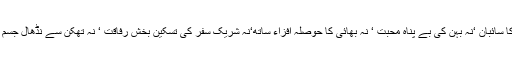
وہاں نہ دھوپ میں سائے جیسی مہربان ماں ہوتی ہے‘ نہ شفیق باپ کا سائبان ‘نہ بہن کی بے پناہ محبت ‘ نہ بھائی کا حوصلہ افزاء ساتھ‘نہ شریک سفر کی تسکین بخش رفاقت ‘ نہ تھکن سے نڈھال جسم وجاں کو راحت اور سرشاری عطاکرنے والی‘ بچوں کی موجود گی ۔